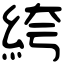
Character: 絝